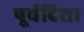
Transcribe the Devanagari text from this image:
पूर्वदिशा